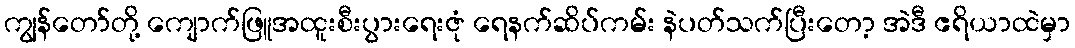
ကျွန်တော်တို့ ကျောက်ဖြူအထူးစီးပွားရေးဇုံ ရေနက်ဆိပ်ကမ်း နဲပတ်သက်ပြီးတော့ အဲဒီ ဧရိယာထဲမှာ